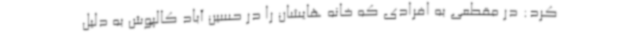
کرد: در مقطعی به افرادی که خانه هایشان را در حسین آباد کالپوش به دلیل